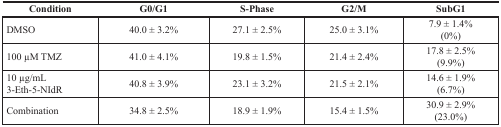
| Condition | G0/G1 | S-Phase | G2/M | SubG1 |
 | --- | --- | --- | --- | --- |
 | DMSO | 40.0 ± 3.2% | 27.1 ± 2.5% | 25.0 ± 3.1% | 7.9 ± 1.4% (0%) |
 | 100 μM TMZ | 41.0 ± 4.1% | 19.8 ± 1.5% | 21.4 ± 2.4% | 17.8 ± 2.5% (9.9%) |
 | 10 μg/mL 3-Eth-5-NIdR | 40.8 ± 3.9% | 23.1 ± 3.2% | 21.5 ± 2.1% | 14.6 ± 1.9% (6.7%) |
 | Combination | 34.8 ± 2.5% | 18.9 ± 1.9% | 15.4 ± 1.5% | 30.9 ± 2.9% (23.0%) |